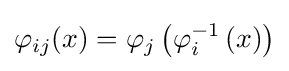
\varphi _{ij}(x)=\varphi _{j}\left(\varphi _{i}^{-1}\left(x\right)\right)